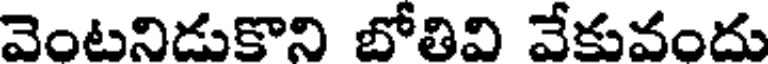
వెంటనిడుకొని బోతివి వేకువందు